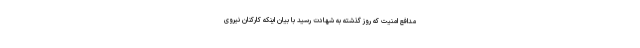
مدافع امنیت که روز گذشته به شهادت رسید با بیان اینکه کارکنان نیروی